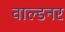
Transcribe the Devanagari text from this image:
वाल्डनर